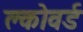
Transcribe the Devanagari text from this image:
क्लोवर्ड